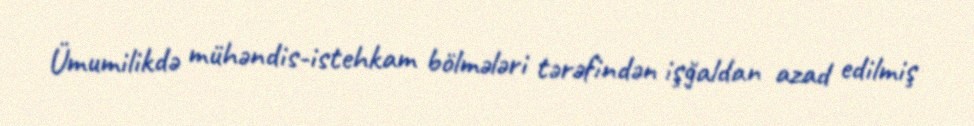
Ümumilikdə mühəndis-istehkam bölmələri tərəfindən işğaldan azad edilmiş